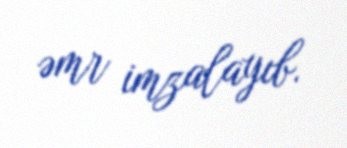
əmr imzalayıb.